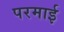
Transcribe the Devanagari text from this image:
परमाई